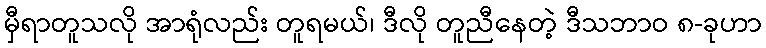
မှီရာတူသလို အာရုံလည်း တူရမယ်၊ ဒီလို တူညီနေတဲ့ ဒီသဘာဝ ၈-ခုဟာ